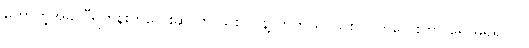
ဟောတဲ့အခါ “ရဟန်းကလေးဆိုတာ သစ်ပင်နဲ့ တူတယ်၊ သစ်ပင်ကလေးဟာ ရေ မရှိရင်လဲ